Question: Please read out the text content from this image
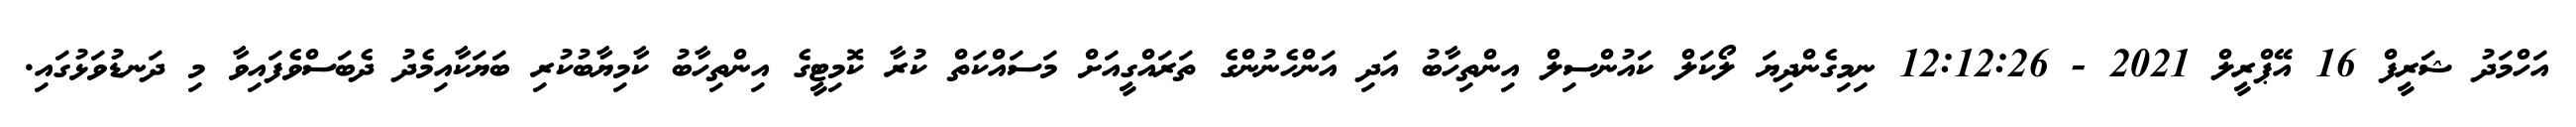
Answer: އަހްމަދު ޝަރީފް 16 އޭޕްރީލް 2021 - 12:12:26 ނިމިގެންދިޔަ ލޯކަލް ކައުންސިލް އިންތިހާބު އަދި އަންހެނުންގެ ތަރައްގީއަށް މަސައްކަތް ކުރާ ކޮމިޓީގެ އިންތިހާބު ކާމިޔާބުކުރި ބަޔަކާއިމެދު ދެބަސްވެފައިވާ މި ދަނޑުވަޅުގައި.